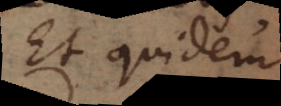
Et quidem